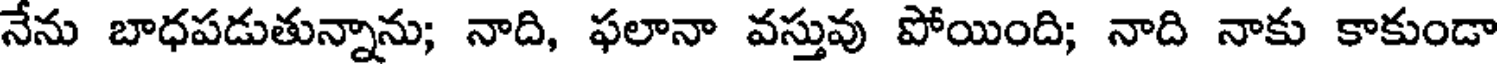
నేను బాధపడుతున్నాను; నాది, ఫలానా వస్తువు పోయింది; నాది నాకు కాకుండా